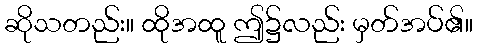
ဆိုသတည်း။ ထိုအထူ ဤ၌လည်း မှတ်အပ်၏။